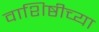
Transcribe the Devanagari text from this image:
वाशिष्ठीच्या